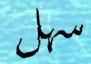
سهل